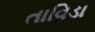
તાવિડા